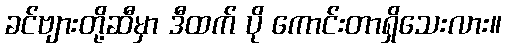
ခင်ဗျားတို့ဆီမှာ ဒီထက် ပို ကောင်းတာရှိသေးလား။